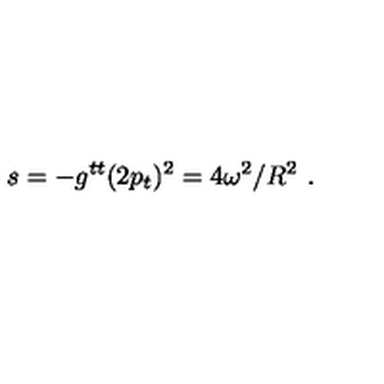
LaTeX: s = - g ^ { t t } ( 2 p _ { t } ) ^ { 2 } = 4 \omega ^ { 2 } / R ^ { 2 } \ .